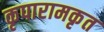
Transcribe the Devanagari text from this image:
कृपारामकृत